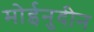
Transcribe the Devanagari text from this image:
मोईनुदीन